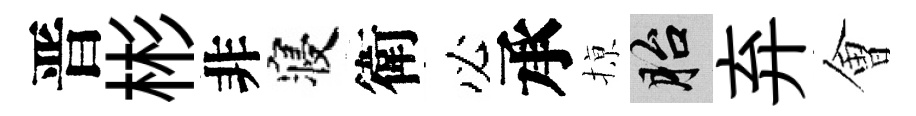
晋彬非寝衛必承𢱊胎弃㑹